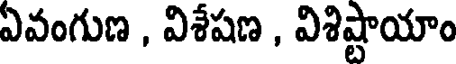
ఏవంగుణ , విశేషణ , విశిష్టాయాం